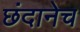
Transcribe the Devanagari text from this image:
छंदानेच